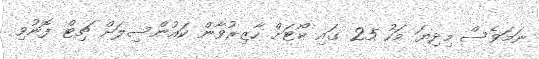
ނަމަވެސް މިދިޔަ މަހު 25 ގައި ކޯޓަށް ހާޒިރުވާން ކައުންސިލަށް ޗިޓް ފޮނުވި